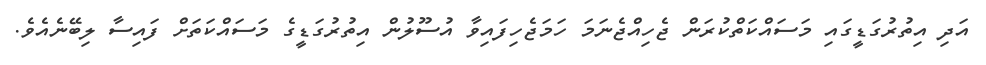
އަދި އިތުރުގަޑީގައި މަސައްކަތްކުރަން ޖެހިއްޖެނަމަ ހަމަޖެހިފައިވާ އުސޫލުން އިތުރުގަޑީގެ މަސައްކަތަށް ފައިސާ ލިބޭނެއެވެ.